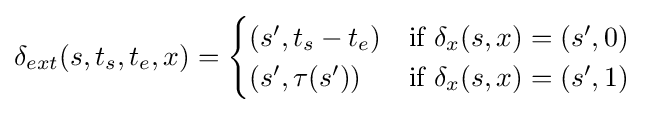
\delta _{ext}(s,t_{s},t_{e},x)={\begin{cases}(s',t_{s}-t_{e})&{\text{if }}\delta _{x}(s,x)=(s',0)\\(s',\tau (s'))&{\text{if }}\delta _{x}(s,x)=(s',1)\\\end{cases}}